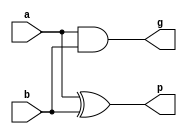
`timescale 1ns / 1ps
//////////////////////////////////////////////////////////////////////////////////
// Company: 
// Engineer: 
// 
// Design Name: 
// Module Name: half_adder
// Project Name: 
// Target Devices: 
// Tool Versions: 
// Description: 
// 
// Dependencies: 
// 
// Revision:
// Revision 0.01 - File Created
// Additional Comments:
// 
//////////////////////////////////////////////////////////////////////////////////


module half_adder(input a, input b, output reg  p, output reg g);
always @(a,b)
begin
  p = a ^ b;
  g = a & b;
end
endmodule